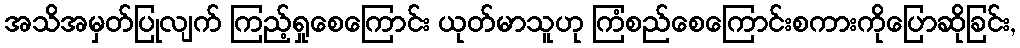
အသိအမှတ်ပြုလျက် ကြည့်ရှုစေကြောင်း ယုတ်မာသူဟု ကြံစည်စေကြောင်းစကားကိုပြောဆိုခြင်း,